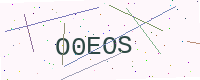
Text: O0EOS